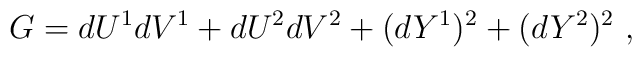
G = dU^1 dV^1 + dU^2 dV^2 + (dY^1)^2 + (dY^2)^2~,